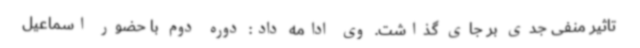
تاثیر منفی جدی بر جای گذاشت. وی ادامه داد: دوره دوم با حضور اسماعیل